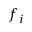
f _ { i }